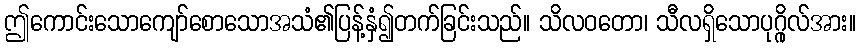
ဤကောင်းသောကျော်စောသောအသံ၏ပြန့်နှံ၍တက်ခြင်းသည်။ သိလဝတော၊ သီလရှိသောပုဂ္ဂိုလ်အား။